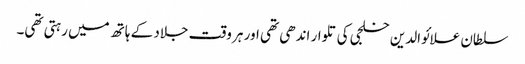
سلطان علائوالدین خلجی کی تلوار اندھی تھی اور ہر وقت جلاد کے ہاتھ میں رہتی تھی۔